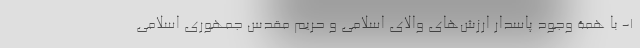
۱- با همة وجود پاسدار ارزش‌های والای اسلامی و حریم مقدس جمهوری اسلامی